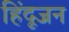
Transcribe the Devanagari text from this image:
हिंदूजन